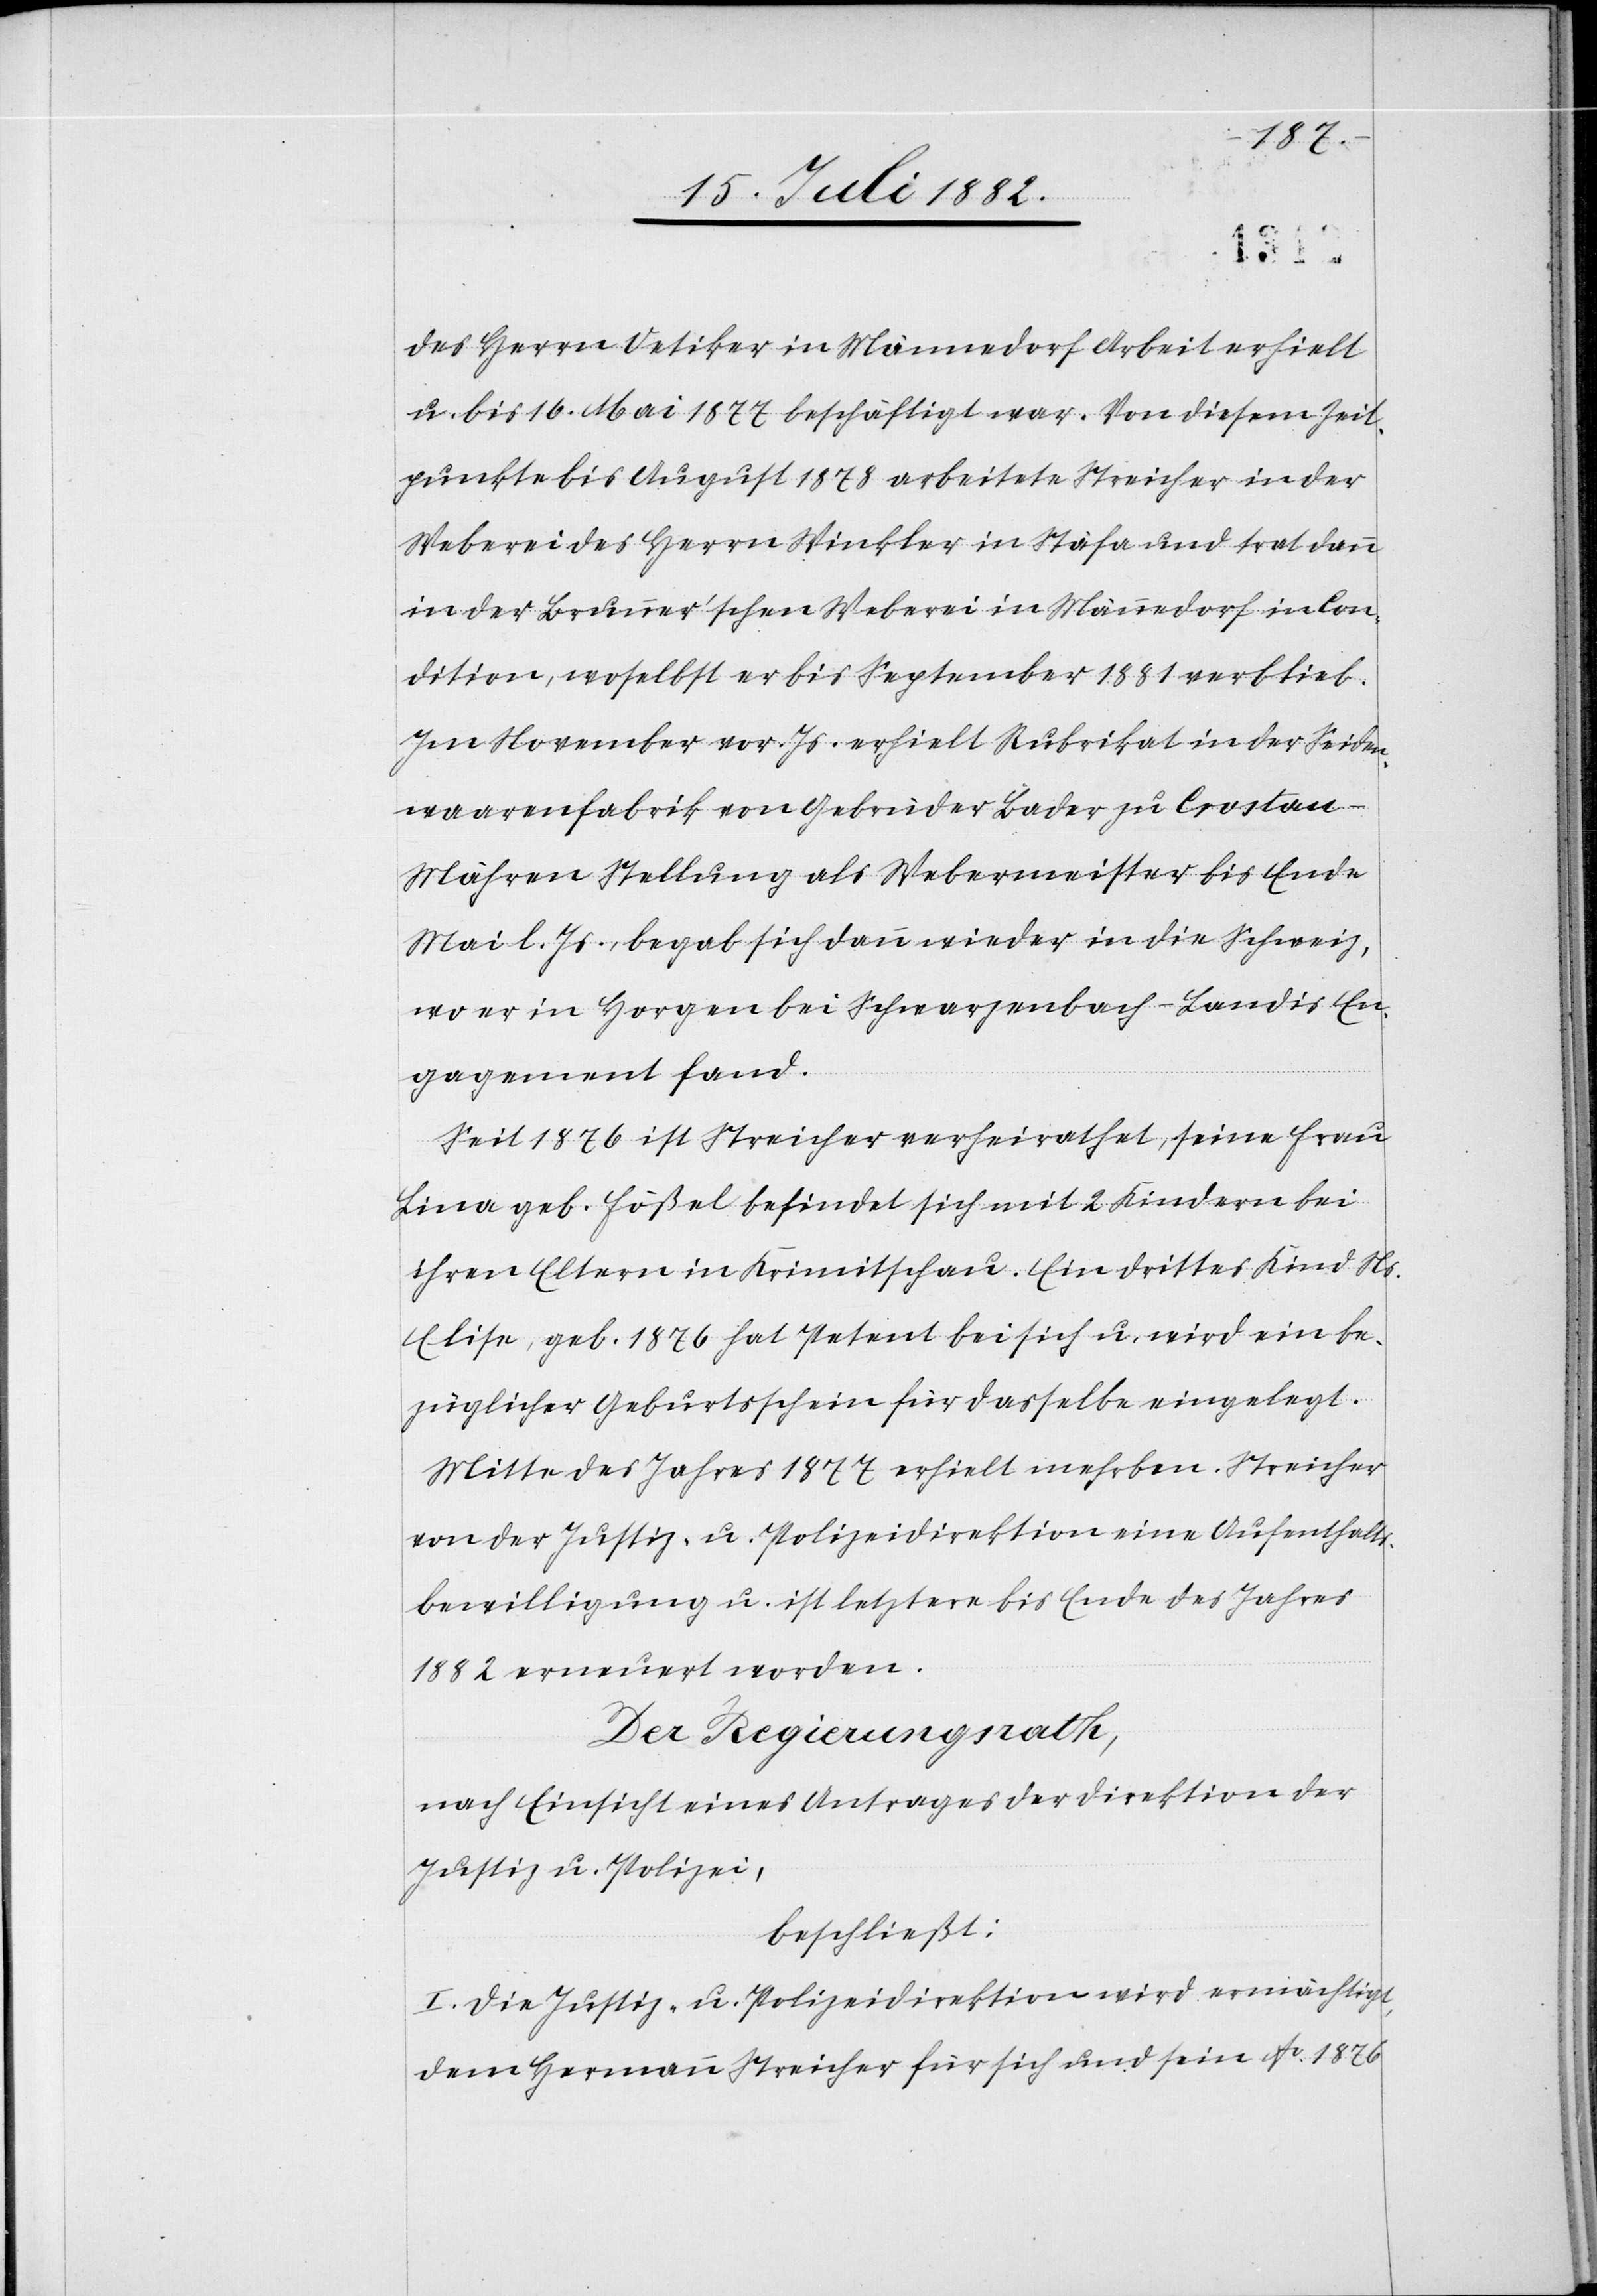
des Herrn Oetiker in Männedorf Arbeit erhielt
u. bis 16. Mai 1877 beschäftigt war. Von diesem Zeit¬
punkt bis August 1878 arbeitete Streicher in der
Weberei des Herrn Winkler in Stäfa und trat dann
in der Brunner’schen Weberei in Männedorf in Con¬
dition, woselbst er bis September 1881 verblieb.
Im November vor. Js. erhielt Rubrikat in der Seiden¬
waarenfabrik von Gebrüder Bader zu Crostan
Mähren Stellung als Webermeister bis Ende
Mai l. Js. begab sich dann wieder in die Schweiz,
wo er in Horgen bei Schwarzenbach-Landis En¬
gagement fand.
Seit 1876 ist Streicher verheirathet, seine Frau
Lina geb. Fößel befindet sich mit 2 Kindern bei
ihren Eltern in Krimitschau. Ein drittes Kind Ns.
Elise, geb. 1876 hat Petent bei sich u. wird ein be¬
züglicher Geburtsschein für dasselbe eingelegt.
Mitte des Jahres 1877 erhielt mehrben. Streicher
von der Justiz- & Polizeidirektion eine Aufenthalts¬
bewilligung u. ist letztere bis Ende des Jahres
1882 erneuert worden.
Der Regierungsrath,
nach Einsicht eines Antrages der Direktion der
Justiz & Polizei,
beschließt:
I. Die Justiz- & Polizeidirektion wird ermächtigt,
dem Hermann Streicher für sich und sein Ao 1876